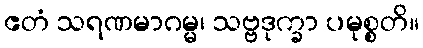
ဧတံ သရဏမာဂမ္မ၊ သဗ္ဗဒုက္ခာ ပမုစ္စတိ။